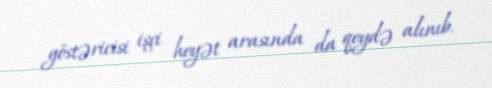
göstəricisi işçi heyət arasında da qeydə alınıb.